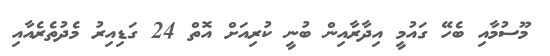
މޫސުމާއި ބެހޭ ގައުމީ އިދާރާއިން ބުނީ ކުރިއަށް އޮތް 24 ގަޑިއިރު މެދުތެރެއާއި